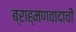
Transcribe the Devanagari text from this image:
ब्राह्मणवादाची